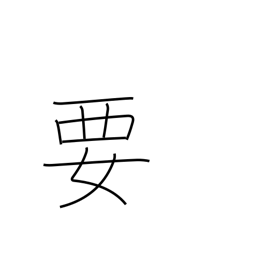
Meaning: need